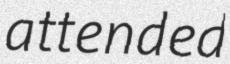
attended